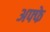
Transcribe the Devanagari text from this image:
अफ्फे